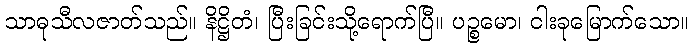
သာဓုသီလဇာတ်သည်။ နိဋ္ဌိတံ၊ ပြီးခြင်းသို့ရောက်ပြီ။ ပဉ္စမော၊ ငါးခုမြောက်သော။